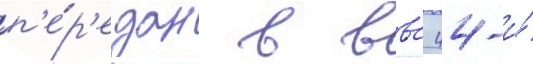
п'е́р'едан в ввс 44-и́